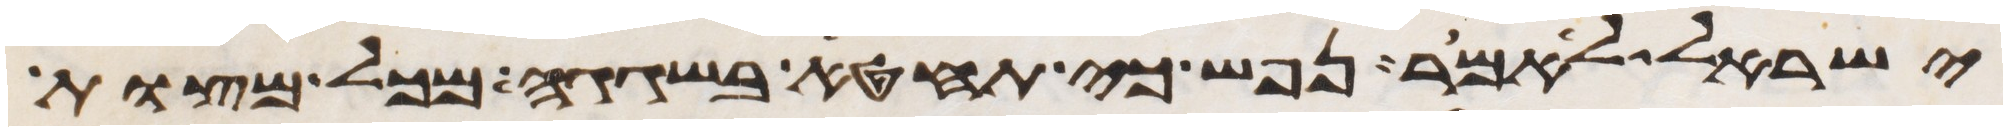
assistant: ישראל לאמר נפש כי תחטא בשגגה מכל מצות